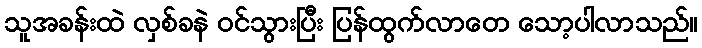
သူအခန်းထဲ လှစ်ခနဲ ဝင်သွားပြီး ပြန်ထွက်လာတေ သော့ပါလာသည်။